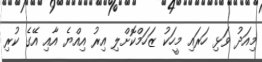
މިއަދު ވަޅި ހަރައި މީހަކު ޒަހަމްކޮށްލި އިރު އިއްޔެ އާއި އޭގެ ކުރި